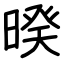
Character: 暌